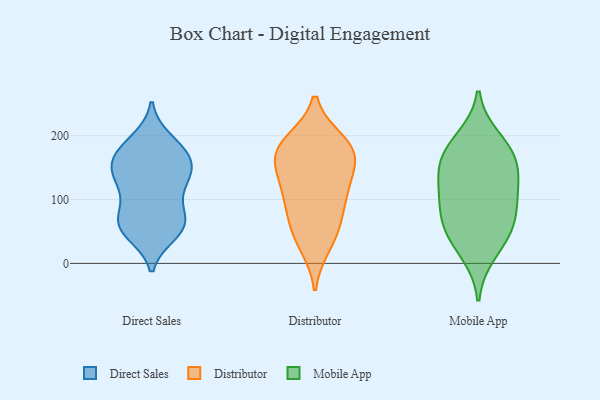
{"axis": {"x": "Latency (ms)", "y": "Value"}, "legend": ["Direct Sales", "Distributor", "Mobile App"], "data": [{"x": "", "y": 184, "type": "Direct Sales"}, {"x": "", "y": 56, "type": "Direct Sales"}, {"x": "", "y": 69, "type": "Direct Sales"}, {"x": "", "y": 157, "type": "Direct Sales"}, {"x": "", "y": 193, "type": "Direct Sales"}, {"x": "", "y": 179, "type": "Direct Sales"}, {"x": "", "y": 51, "type": "Direct Sales"}, {"x": "", "y": 147, "type": "Direct Sales"}, {"x": "", "y": 172, "type": "Direct Sales"}, {"x": "", "y": 102, "type": "Direct Sales"}, {"x": "", "y": 79, "type": "Direct Sales"}, {"x": "", "y": 126, "type": "Direct Sales"}, {"x": "", "y": 150, "type": "Direct Sales"}, {"x": "", "y": 155, "type": "Direct Sales"}, {"x": "", "y": 59, "type": "Direct Sales"}, {"x": "", "y": 47, "type": "Direct Sales"}, {"x": "", "y": 63, "type": "Direct Sales"}, {"x": "", "y": 132, "type": "Direct Sales"}, {"x": "", "y": 125, "type": "Direct Sales"}, {"x": "", "y": 118, "type": "Distributor"}, {"x": "", "y": 115, "type": "Distributor"}, {"x": "", "y": 77, "type": "Distributor"}, {"x": "", "y": 43, "type": "Distributor"}, {"x": "", "y": 190, "type": "Distributor"}, {"x": "", "y": 175, "type": "Distributor"}, {"x": "", "y": 70, "type": "Distributor"}, {"x": "", "y": 167, "type": "Distributor"}, {"x": "", "y": 159, "type": "Distributor"}, {"x": "", "y": 189, "type": "Distributor"}, {"x": "", "y": 119, "type": "Distributor"}, {"x": "", "y": 172, "type": "Distributor"}, {"x": "", "y": 29, "type": "Distributor"}, {"x": "", "y": 48, "type": "Mobile App"}, {"x": "", "y": 178, "type": "Mobile App"}, {"x": "", "y": 105, "type": "Mobile App"}, {"x": "", "y": 155, "type": "Mobile App"}, {"x": "", "y": 165, "type": "Mobile App"}, {"x": "", "y": 115, "type": "Mobile App"}, {"x": "", "y": 141, "type": "Mobile App"}, {"x": "", "y": 55, "type": "Mobile App"}, {"x": "", "y": 62, "type": "Mobile App"}, {"x": "", "y": 195, "type": "Mobile App"}, {"x": "", "y": 16, "type": "Mobile App"}, {"x": "", "y": 93, "type": "Mobile App"}]}